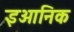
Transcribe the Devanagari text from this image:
इओनिक